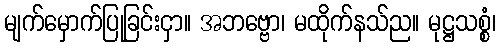
မျက်မှောက်ပြုခြင်းငှာ။ အဘဗ္ဗော၊ မထိုက်နသ်ည။ မုဋ္ဌသစ္စံ၊